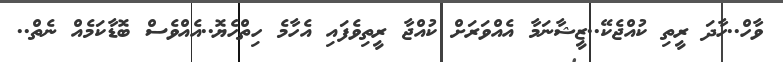
ވާހް..ހާދަ ރީތި ކުއްޖެކޭ..ޒީޝާނަމާ އެއްވަރަށް ކުއްޖާ ރީތިވެފައި އެހާމެ ހިތްހެޔޮ..އެއްވެސް ބޮޑާކަމެއް ނެތް..